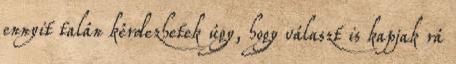
ennyit talán kérdezhetek úgy, hogy választ is kapjak rá